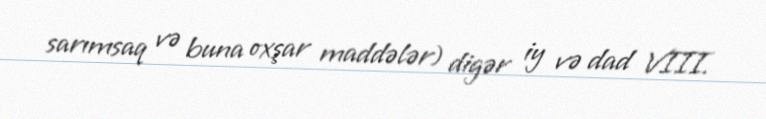
sarımsaq və buna oxşar maddələr) digər iy və dad VIII.